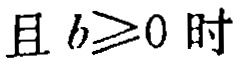
且 \(b\geq0\) 时